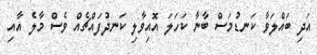
އަދި ބައްލަވާ ކަނޑުމަސް ބާނާ ކަހަލަ އޮއިވާލި ކަނދުފައްޗެއް ވެސް މާލެ އާއި